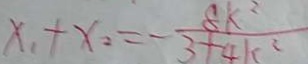
x _ { 1 } + x _ { 2 } = - \frac { 8 k ^ { 2 } } { 3 + 4 k ^ { 2 } }